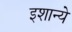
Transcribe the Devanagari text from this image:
इशान्ये